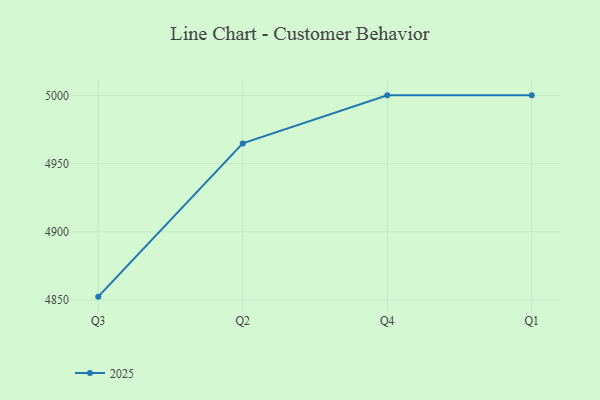
{"axis": {"x": "Quarter", "y": "Website Visitors"}, "legend": ["2025"], "data": [{"x": "Q3", "y": 4852.5, "type": "2025"}, {"x": "Q2", "y": 4964.8, "type": "2025"}, {"x": "Q4", "y": 5000, "type": "2025"}, {"x": "Q1", "y": 5000, "type": "2025"}]}